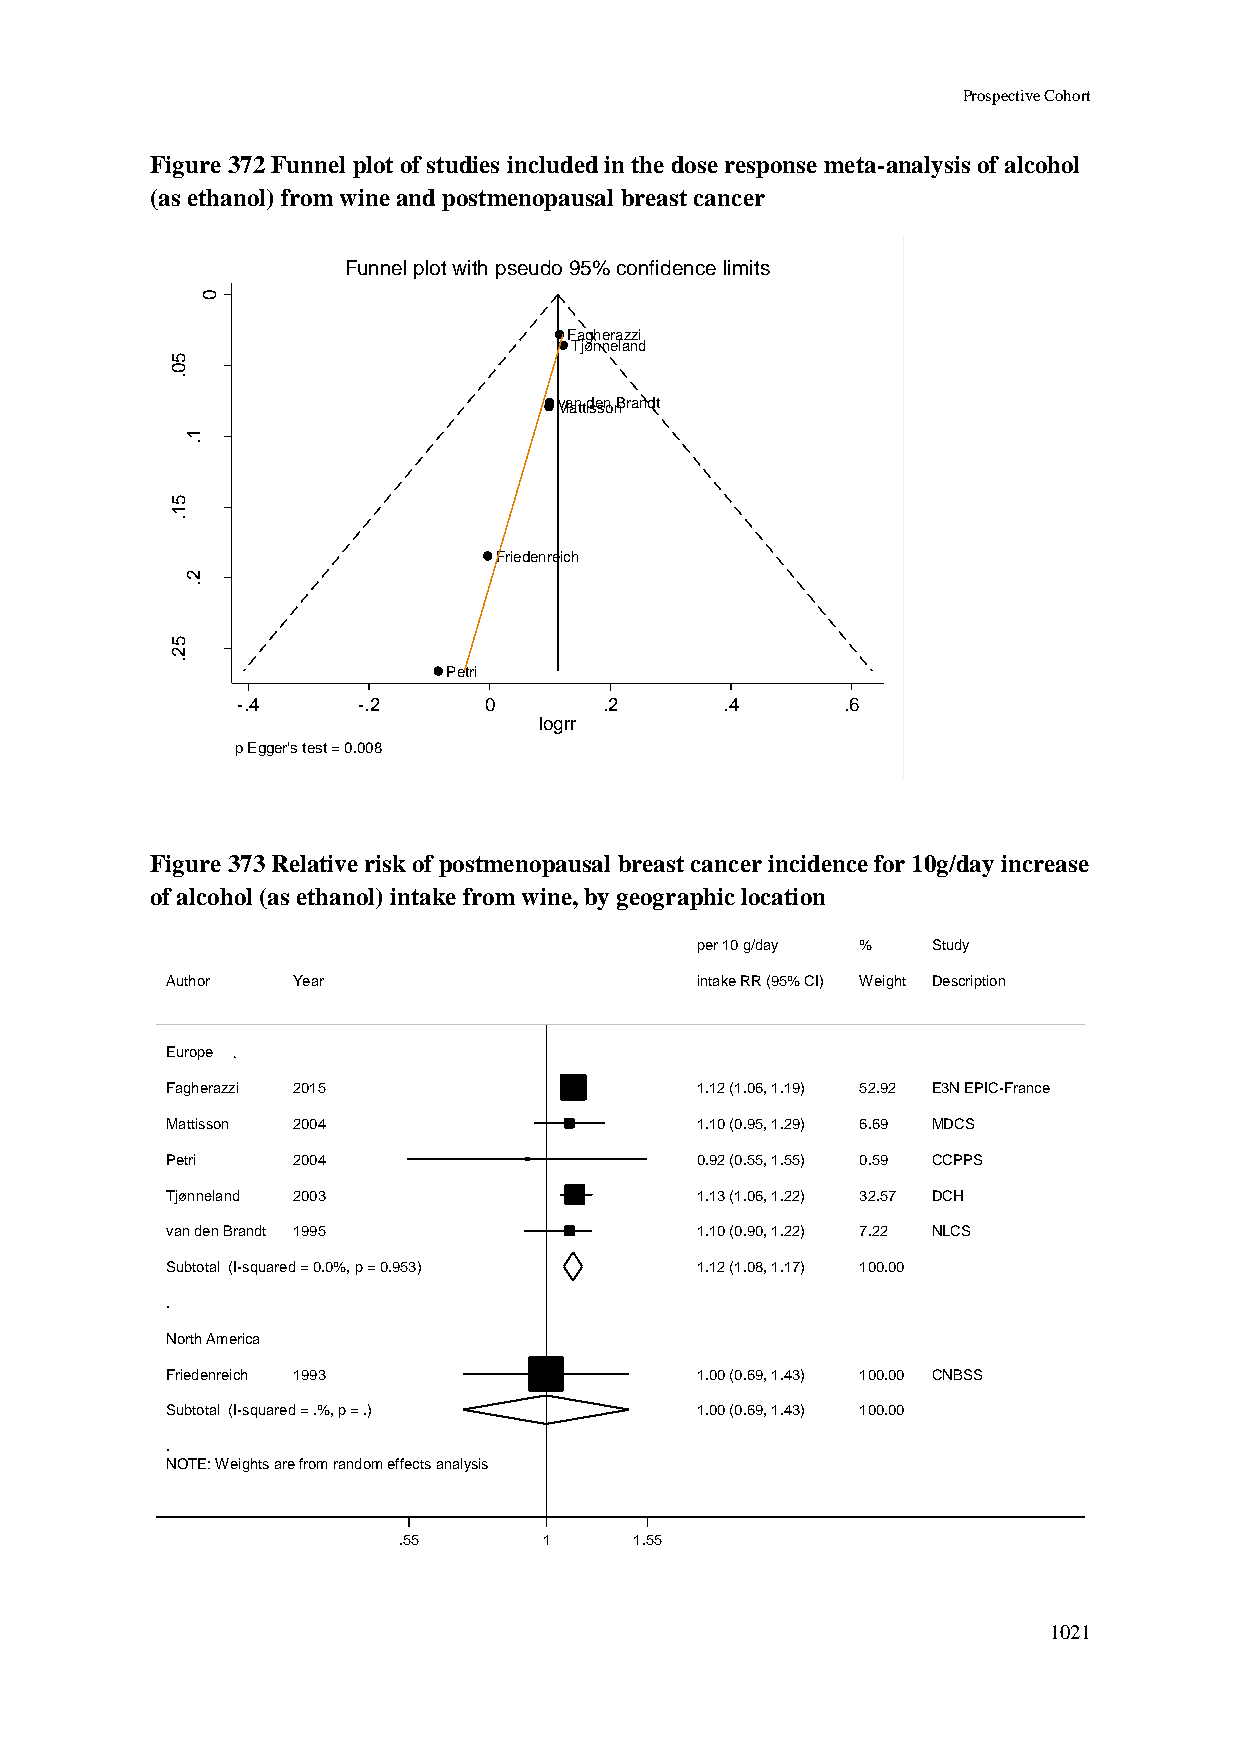
Prospective Cohort
 Figure 372 Funnel plot of studies included in the dose response meta-analysis of alcohol
 (as ethanol) from wine and postmenopausal breast cancer
 Funnel plot with pseudo 95% confidence limits
 0
 Fagherazzi
 Tjønneland
 5
 0
 .
 Mvaant tdisesno nBrandt
 1
 r rg    .
 o
 l
 fo
 .e     5 1
 .s     .
 Friedenreich
 2
 .
 5
 2
 .
 Petri
 -.4     -.2     0       .2      .4      .6
 logrr
 p Egger's test = 0.008
 Figure 373 Relative risk of postmenopausal breast cancer incidence for 10g/day increase
 of alcohol (as ethanol) intake from wine, by geographic location
 ppeerr 1100 gg//ddaayy %% Study
 Author  Year                       iinnttaakkee RRRR ((9955%% CCII)) WWeeiigghhtt Description
 Europe
 Fagherazzi 2015                    11..1122 ((11..0066,, 11..1199)) 5522..9922 E3N EPIC-France
 Mattisson 2004                     11..1100 ((00..9955,, 11..2299)) 66..6699 MDCS
 Petri   2004                       00..9922 ((00..5555,, 11..5555)) 00..5599 CCPPS
 Tjønneland 2003                    11..1133 ((11..0066,, 11..2222)) 3322..5577 DCH
 van den Brandt 1995                11..1100 ((00..9900,, 11..2222)) 77..2222 NLCS
 Subtotal (I-squared = 0.0%, p = 0.953) 11..1122 ((11..0088,, 11..1177)) 110000..0000
 .
 North America
 Friedenreich 1993                  11..0000 ((00..6699,, 11..4433)) 110000..0000 CNBSS
 Subtotal (I-squared = .%, p = .)   11..0000 ((00..6699,, 11..4433)) 110000..0000
 .
 NOTE: Weights are from random effects analysis
 .55       11    1.55
 1021